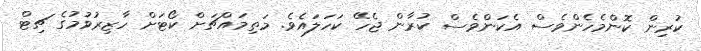
ކުރިން ކޮންމެހެންވެސް އެކަންވެސް ކުރާން ޖެހޭ ކަހަލައެވެ. މަތިމައްޗަށް ކޯޓަށް ހާޒިރުވުމުގެ ޗިޓް